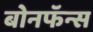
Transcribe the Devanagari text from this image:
बोनफॅन्स